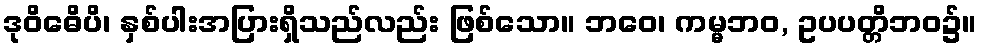
ဒုဝိဓေိပိ၊ နှစ်ပါးအပြားရှိသည်လည်း ဖြစ်သော။ ဘဝေ၊ ကမ္မဘဝ, ဥပပတ္တိဘဝ၌။